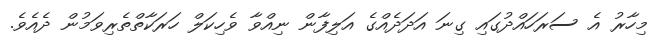
މިހާރު އެ ސަރަހައްދުގައި ގިނަ އަދަދެއްގެ އަލިފާން ނިއްވާ ވެހިކަލް ހަރަކާތްތެރިވަމުން ދެއެވެ.